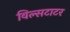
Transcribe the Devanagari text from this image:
विल्सटाटर